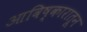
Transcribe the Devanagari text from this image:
आविष्कारातून